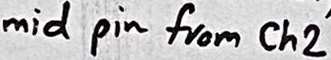
Text: mid pin from Ch2